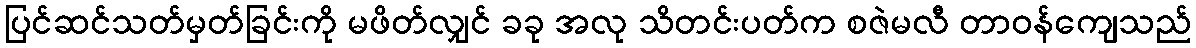
ပြင်ဆင်သတ်မှတ်ခြင်းကို မဖိတ်လျှင် ခခု အလု သိတင်းပတ်က စဇဲမလီ တာဝန်ကျေသည်